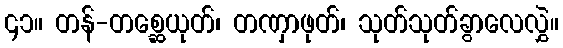
၄၁။ တန်-တစ္ဆေယုတ်၊ တဏှာဖုတ်၊ သုတ်သုတ်ခွာလေလွှဲ။